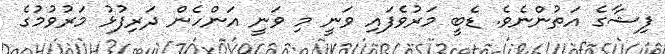
ފިޝާގެ އަތުންނެވެ. ޑެބީ މަރުވެފައި ވަނީ މި ވަނީ އަންހެން ދަރިފުޅު މަރުވުމުގެ